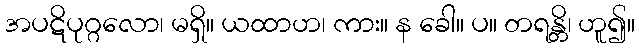
အပဋိပုဂ္ဂလော၊ မရှိ။ ယထာဟ၊ ကား။ န ခေါ။ ပ။ တရန္တိ၊ ဟူ၍။